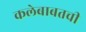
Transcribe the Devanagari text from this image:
कलेबाबतची